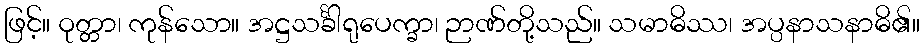
ဖြင့်။ ဝုတ္တာ၊ ကုန်သော။ အဋ္ဌသင်္ခါရုပေက္ခာ၊ ဉာဏ်တို့သည်။ သမာဓိဿ၊ အပ္ပနာသနာဓိ၏။